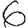
Digit: 6